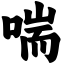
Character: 喘